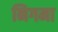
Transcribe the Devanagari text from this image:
निगमा